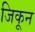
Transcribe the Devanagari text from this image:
जिकून